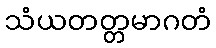
သံယတတ္တမာဂတံ